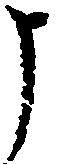
申